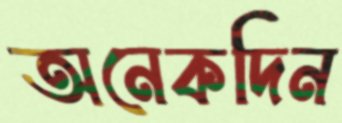
অনেকদিন